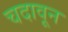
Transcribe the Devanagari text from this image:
चदावून